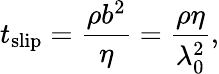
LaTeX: t_{\mathrm{slip}}=\frac{\rho b^{2}}{\eta}=\frac{\rho\eta}{\lambda_{0}^{2}},